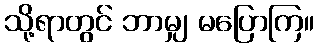
သို့ရာတွင် ဘာမျှ မပြောကြ။